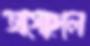
অগোছাল